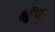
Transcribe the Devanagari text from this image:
श्रृंप